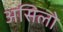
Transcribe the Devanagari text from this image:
असिलो